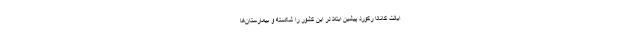
ایالت کانادا رکورد پیشین ابتلا در این کشور را شکسته و بیمارستان‌ها